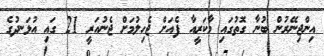
އިންޖިނޭރުން ބުނާ ގޮތުގައި މާކަރީއާ ފެއަށް ޖެހިލުމަށް ޖެނުއަރީ 21 ގައި އުޅަނދުގެ